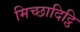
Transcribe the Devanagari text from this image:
मिच्छादिट्ठि